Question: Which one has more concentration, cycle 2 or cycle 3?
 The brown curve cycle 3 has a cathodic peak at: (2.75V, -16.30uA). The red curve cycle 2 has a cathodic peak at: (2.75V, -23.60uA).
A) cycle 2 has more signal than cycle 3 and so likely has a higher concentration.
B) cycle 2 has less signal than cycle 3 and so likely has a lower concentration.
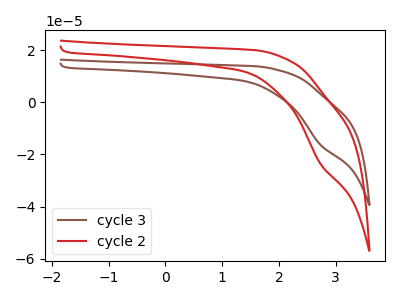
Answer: <think>All the peaks in "cycle 2" have a peak in "cycle 3" at the same potential. Every peak in "cycle 2" is higher than every peak in "cycle 3".
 </think>
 <answer>A) "cycle 2" has more signal than "cycle 3" and so likely has a higher concentration.</answer>
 <eval>A</eval>